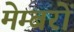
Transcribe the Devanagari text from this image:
मेम्बरों